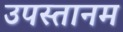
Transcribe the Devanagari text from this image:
उपस्तानम